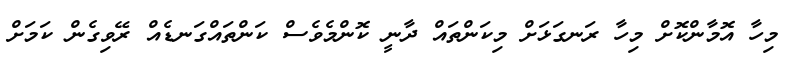
މިހާ އޮމާންކޮށް މިހާ ރަނގަޅަށް މިކަންތައް ދާނީ ކޮންމެވެސް ކަންތައްގަނޑެއް ރޭވިގެން ކަމަށް